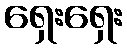
ရှေးရှေး